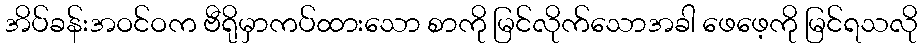
အိပ်ခန်းအဝင်ဝက ဗီရိုမှာကပ်ထားသော စာကို မြင်လိုက်သောအခါ ဖေဖေ့ကို မြင်ရသလို